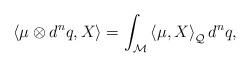
LaTeX: \begin{align*}\left\langle \mu \otimes d^{n}q,X\right\rangle =\int_{\mathcal{M}}\left\langle \mu ,X\right\rangle _{\mathcal{Q}}d^{n}q,\end{align*}